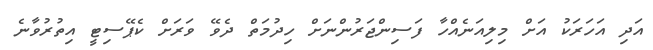
އަދި އަހަރަކު އަށް މިލިއަނެއްހާ ފަސިންޖަރުންނަށް ހިދުމަތް ދެވޭ ވަރަށް ކެޕޭސިޓީ އިތުރުވާނެ